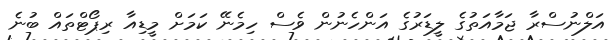
އަލްނުސްރާ ޖަމާއަތުގެ ލީޑަރުގެ އަންހެނުން ވެސް ހިމެނޭ ކަމަށް މީޑިއާ ރިޕޯޓްތައް ބުނެ